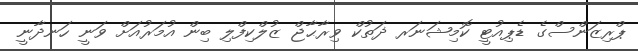
ޕްރިޒަންސްގެ ޑެޕިއުޓީ ކޮމިޝަނަރ ޛަތުކް ވިރާޙާޖް ޒުލްކިފްލި ބިން އުމަރުއަށް ވަނީ ހަނދާނީ